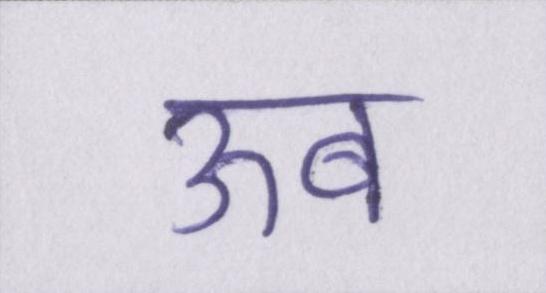
ऊब